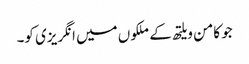
جو کامن ویلتھ کے ملکوں میں انگریزی کو۔